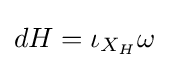
dH=\iota _{X_{H}}\omega